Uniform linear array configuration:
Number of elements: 4
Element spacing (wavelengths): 0.25
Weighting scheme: cosine
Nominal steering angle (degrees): -45
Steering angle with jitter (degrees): -46.145
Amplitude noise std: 0.05
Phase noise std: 0.05

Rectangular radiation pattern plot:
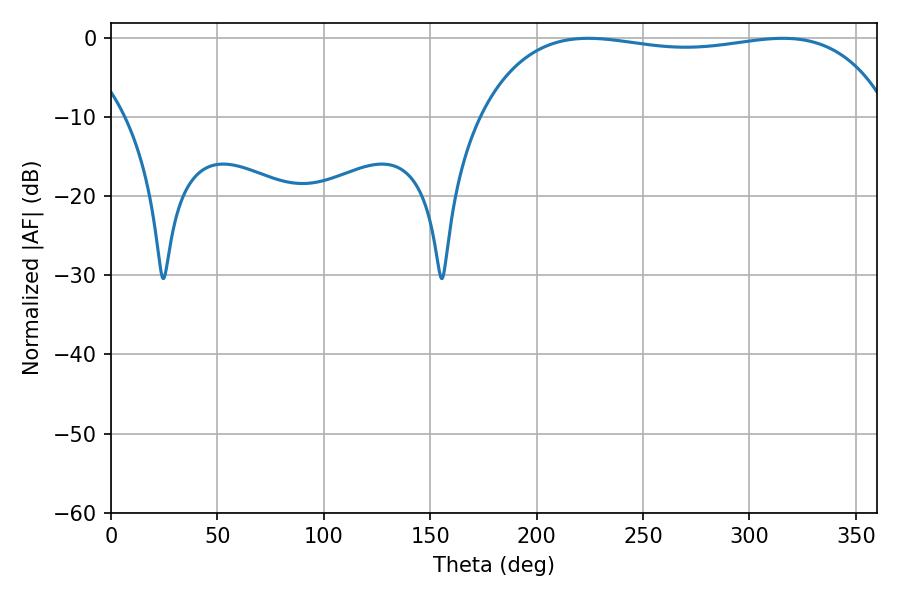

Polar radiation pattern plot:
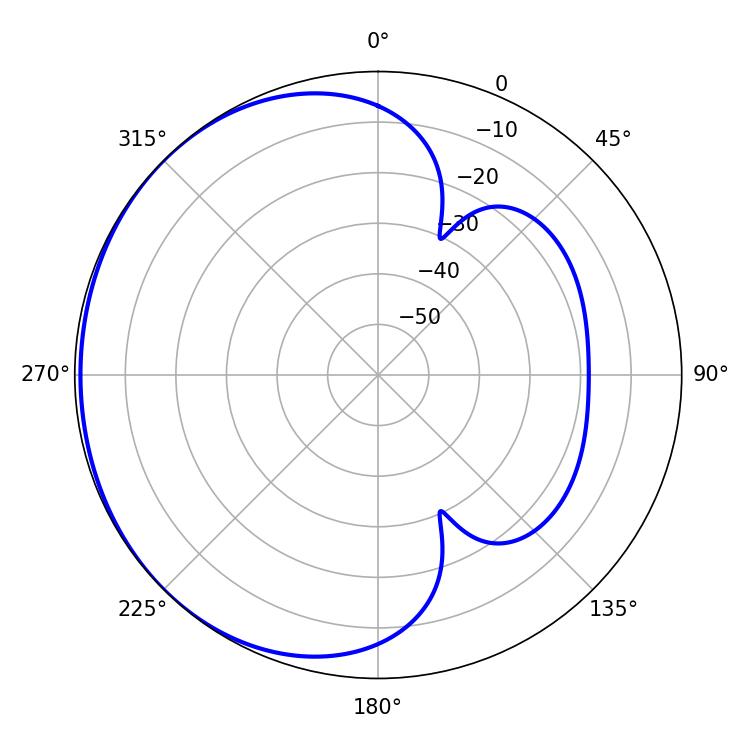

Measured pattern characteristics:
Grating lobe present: FALSE
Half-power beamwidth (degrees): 155.16
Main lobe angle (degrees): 224.28